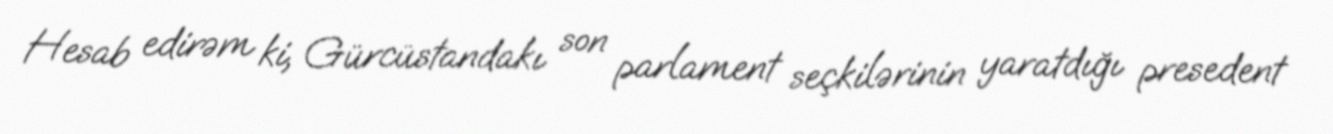
Hesab edirəm ki, Gürcüstandakı son parlament seçkilərinin yaratdığı presedent